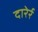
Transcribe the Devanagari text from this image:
दारेर्र